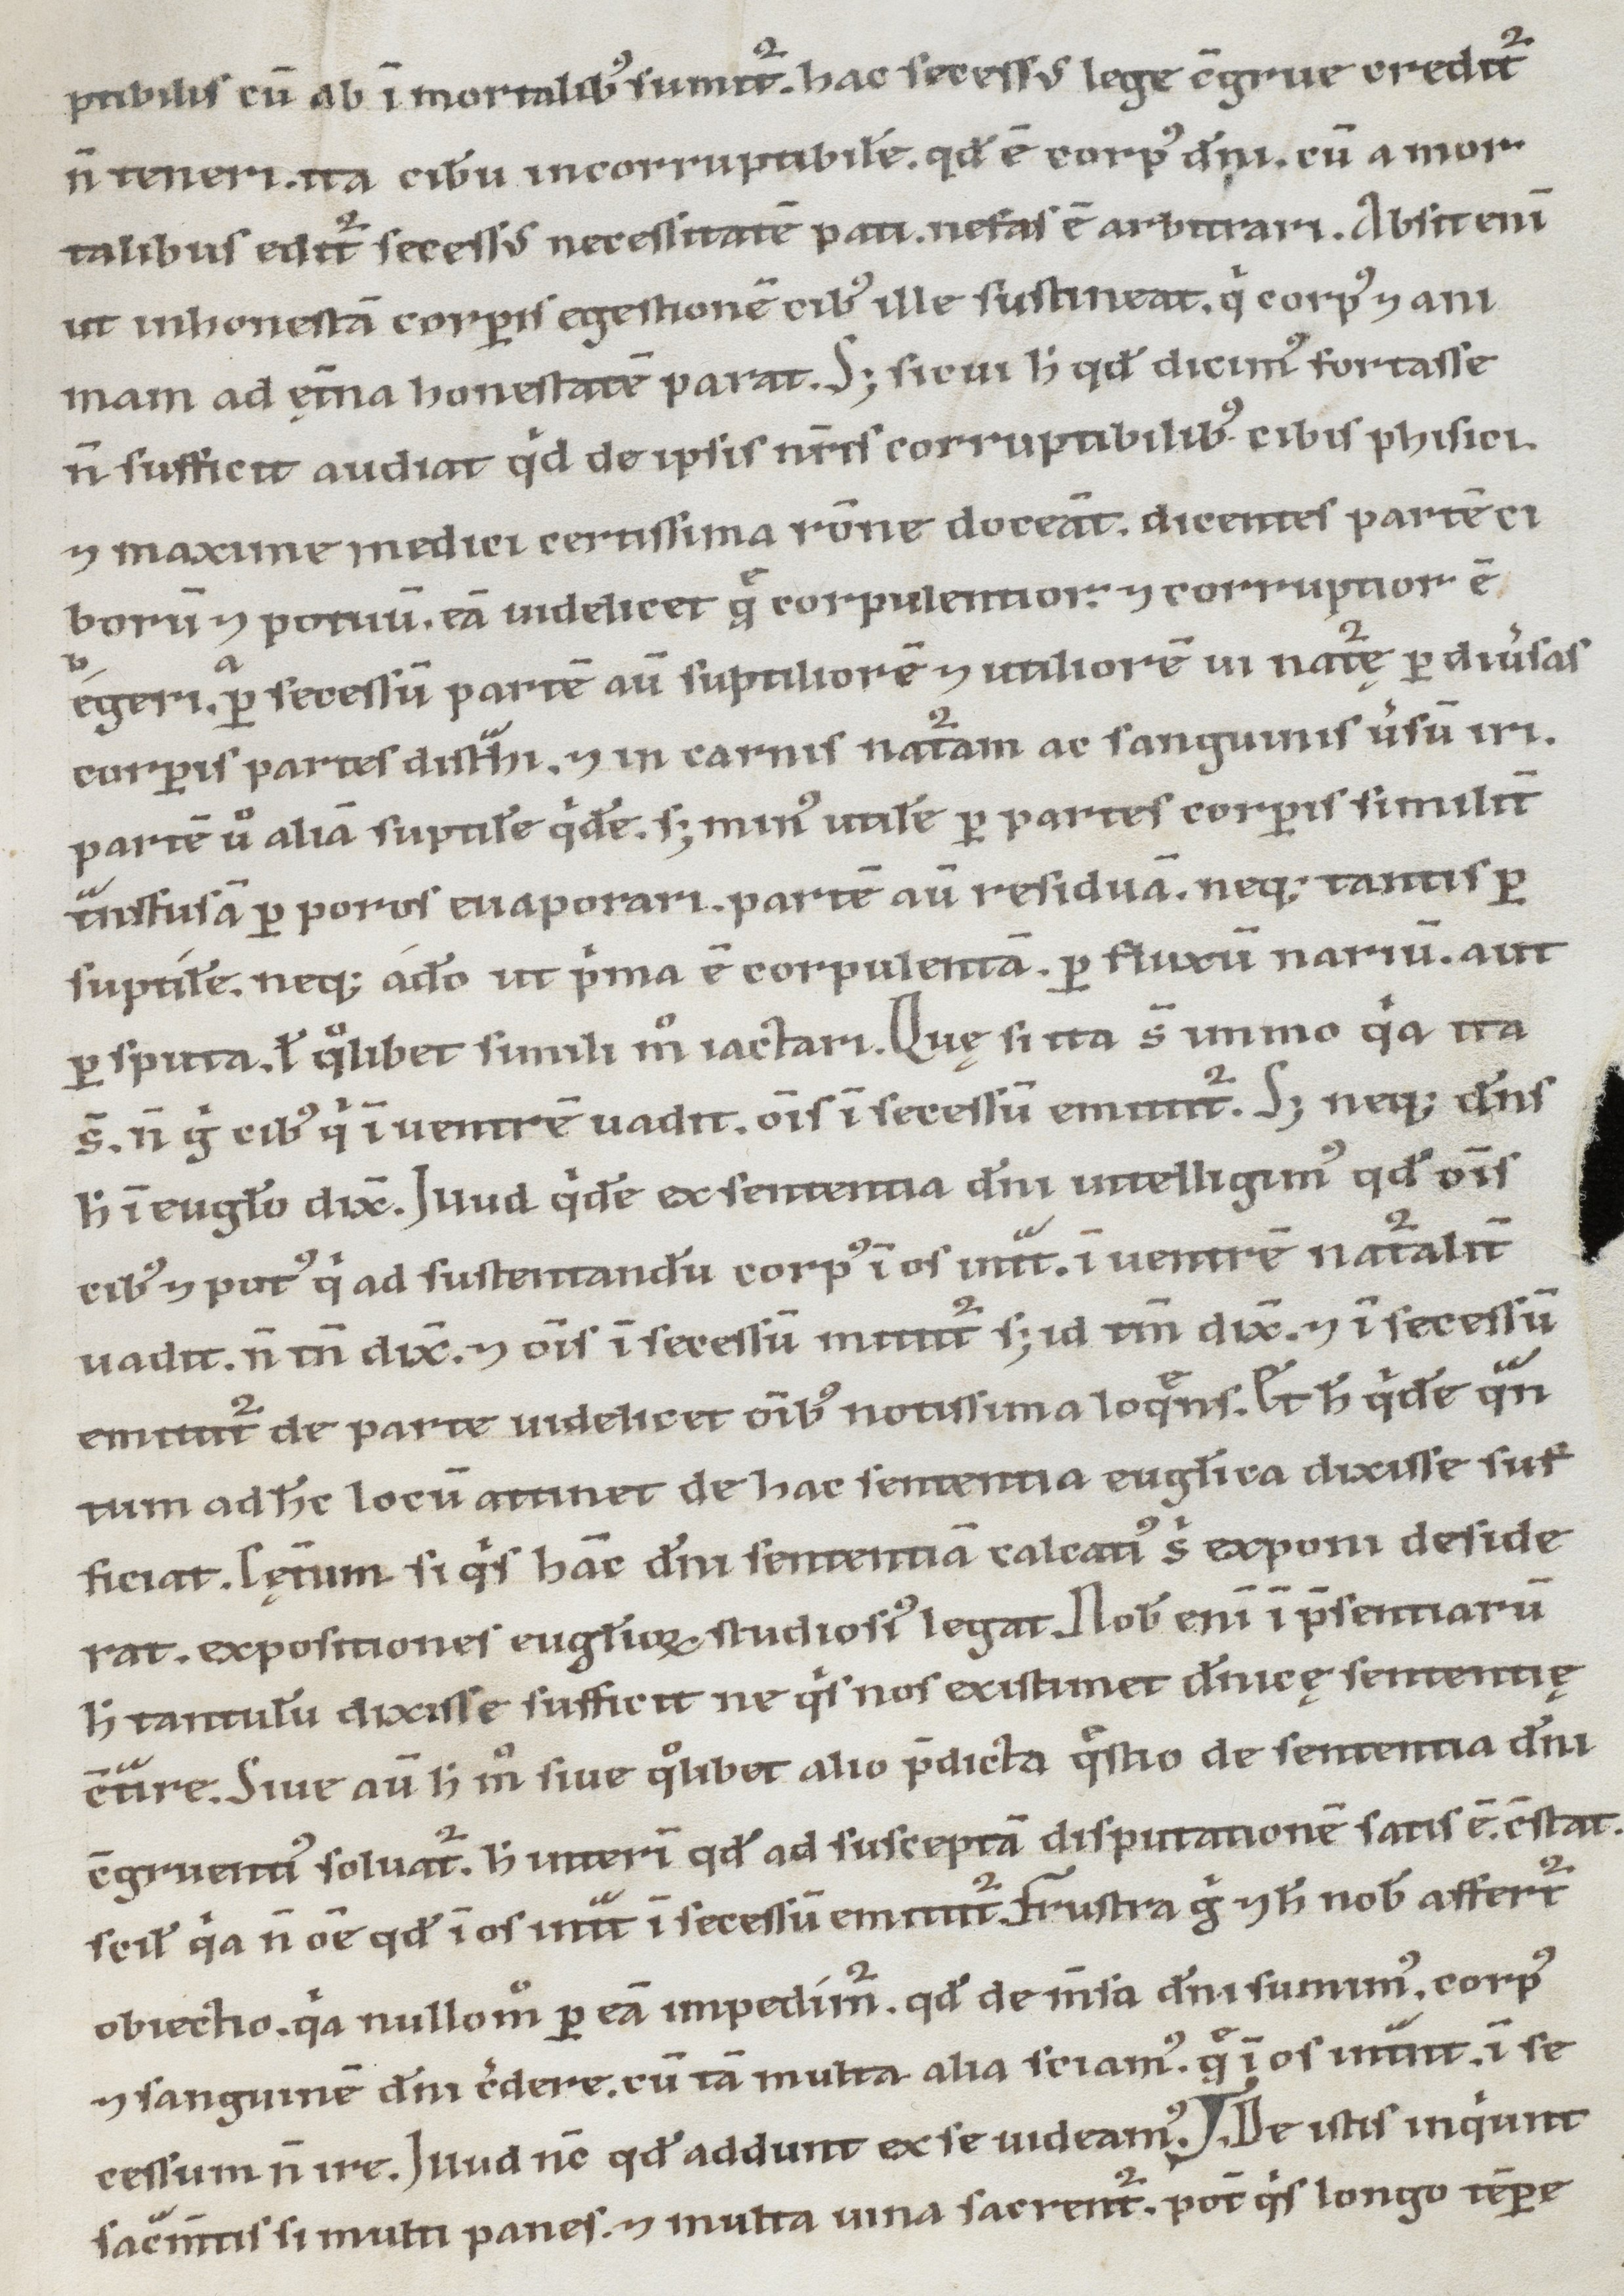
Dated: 1100–1199